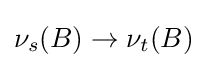
\nu _{s}(B)\to \nu _{t}(B)